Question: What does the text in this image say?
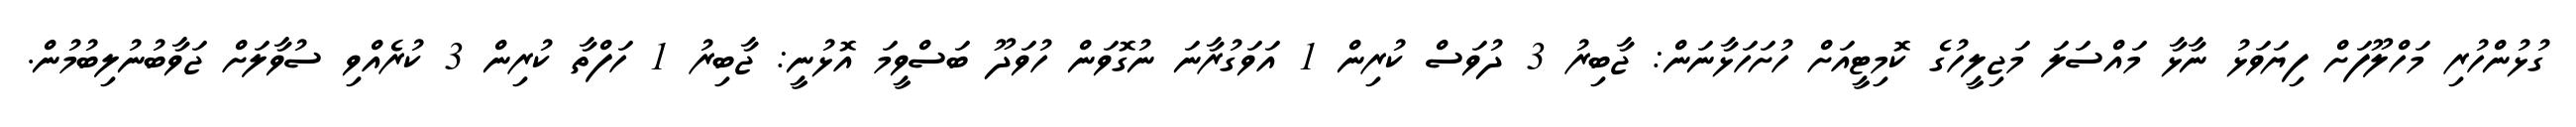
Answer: ގުޅުންހުރި މަހްލޫފަށް ފިޔަވަޅު ނާޅާ މައްސަލަ މަޖިލީހުގެ ކޮމިޓީއަށް ހުށަހަޅާނަން: ޖާބިރު 3 ދުވަސް ކުރިން 1 އަވަގުރާނަ ނުގޮވަން ހުވަދޫ ބަސްވީމަ އޮޅުނީ: ޖާބިރު 1 ހަފްތާ ކުރިން 3 ކުރެއްވި ސުވާލަށް ޖަވާބުނުލިބުމުން.